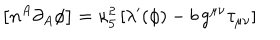
LaTeX: \left[ n ^ { A } \partial _ { A } \phi \right] = \kappa _ { 5 } ^ { 2 } \left[ \lambda ^ { \prime } ( \phi ) - b \, g ^ { \mu \nu } \tau _ { \mu \nu } \right]